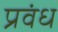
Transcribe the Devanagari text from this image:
प्रवंध